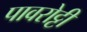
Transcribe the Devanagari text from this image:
पावरोट्टी